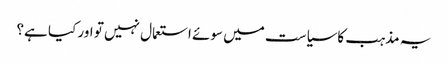
یہ مذہب کاسیاست میں سوئے استعمال نہیں تو اور کیا ہے؟